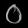
Digit: ၀